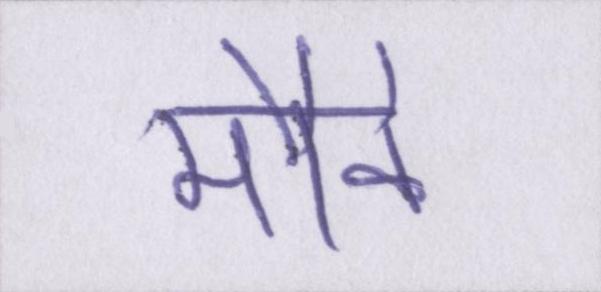
मौके